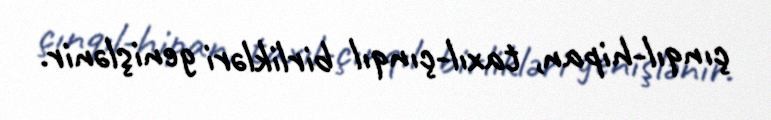
çınqıl-hipan, taxıl-çınqıl birlikləri genişlənir.